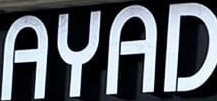
AYAD